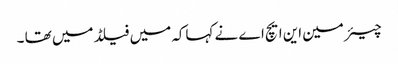
چیئر مین این ایچ اے نے کہاکہ میں فیلڈ میں تھا ۔